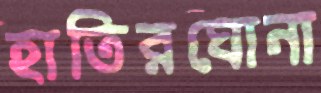
হাতিরঘোনা